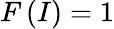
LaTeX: F\left(I\right)=1